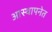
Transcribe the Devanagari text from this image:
आस्थापनेत